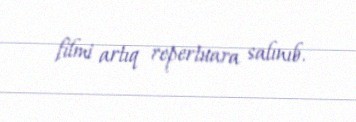
filmi artıq repertuara salınıb.